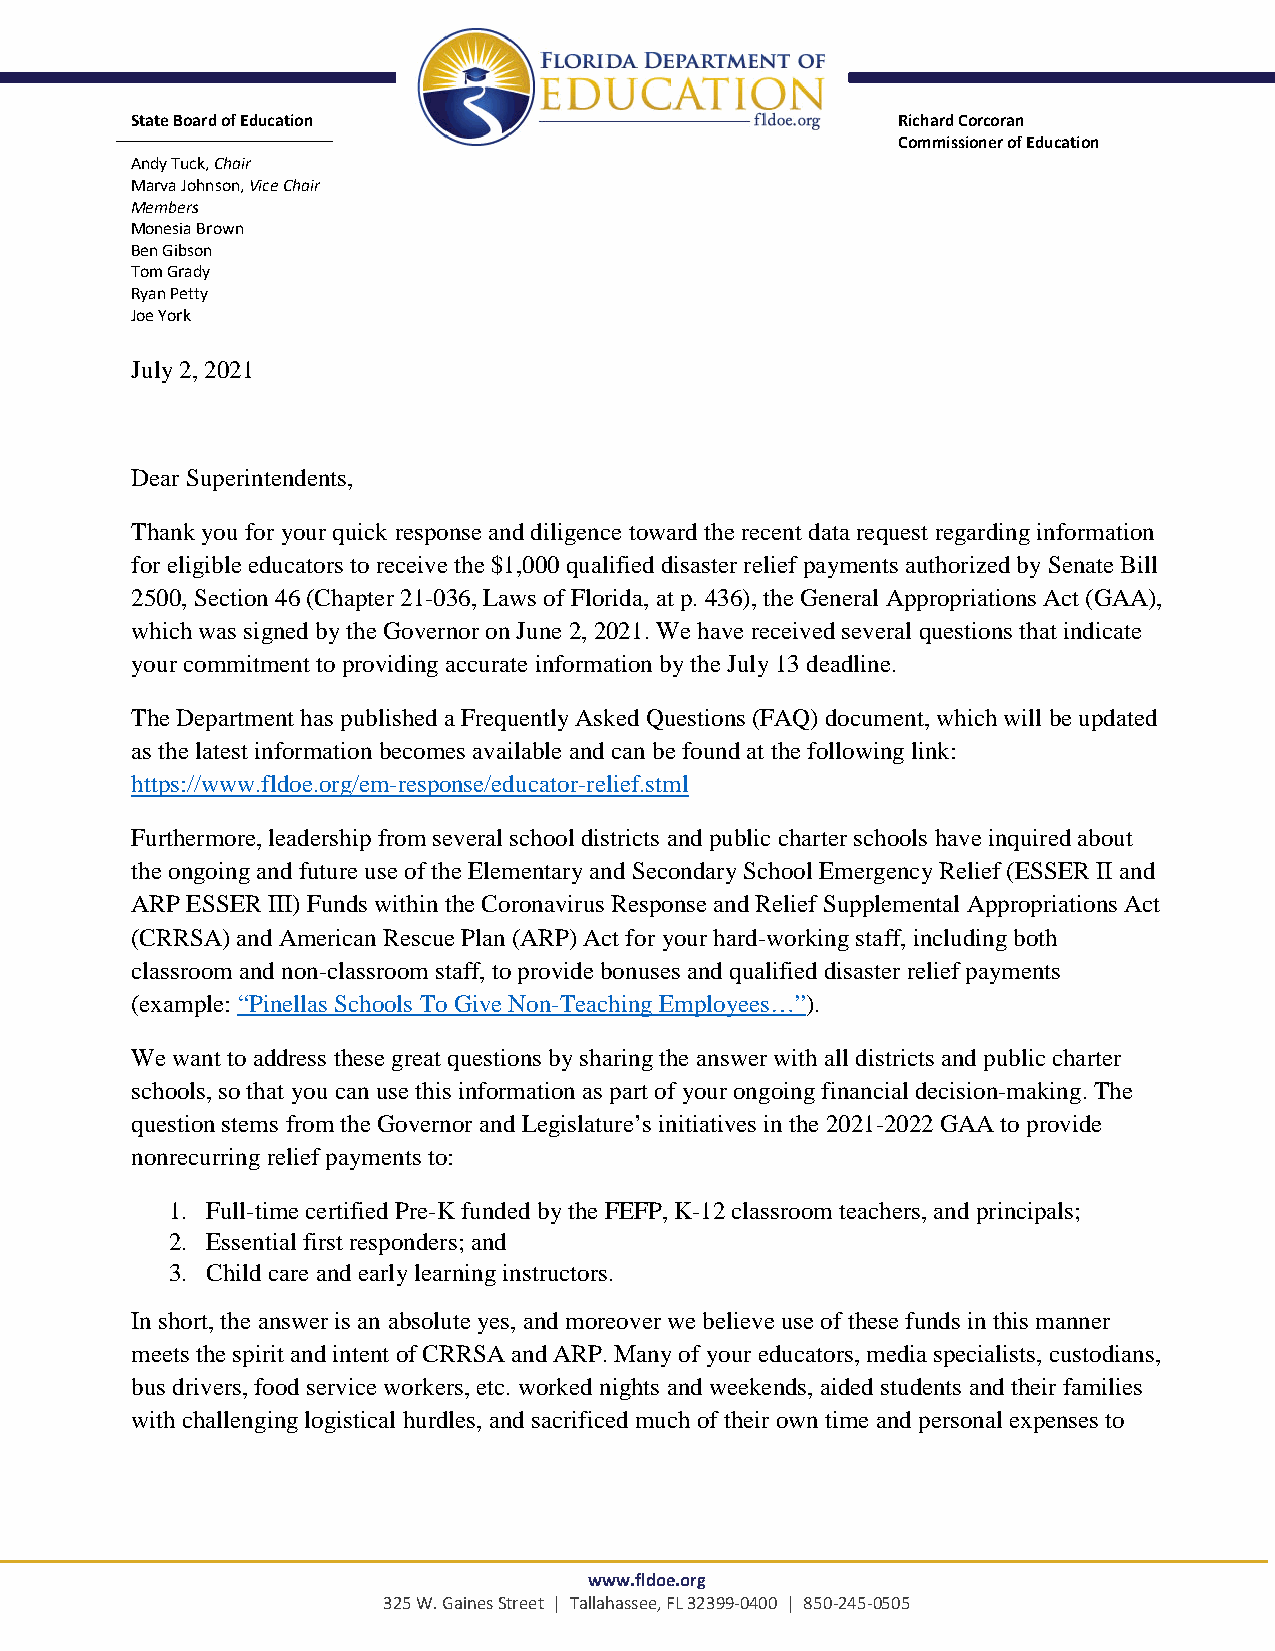
State Board of Education                          Richard Corcoran
 Commissioner of Education
 Andy Tuck, Chair
 M arva Johnson, Vice Chair
 Members
 Monesia Brown
 Ben Gibson
 Tom Grady
 R yan Petty
 J oe York
 July 2, 2021
 Dear Superintendents,
 Thank you for your quick response and diligence toward the recent data request regarding information
 for eligible educators to receive the $1,000 qualified disaster relief payments authorized by Senate Bill
 2500, Section 46 (Chapter 21-036, Laws of Florida, at p. 436), the General Appropriations Act (GAA),
 which was signed by the Governor on June 2, 2021. We have received several questions that indicate
 your commitment to providing accurate information by the July 13 deadline.
 The Department has published a Frequently Asked Questions (FAQ) document, which will be updated
 as the latest information becomes available and can be found at the following link:
 https://www.fldoe.org/em-response/educator-relief.stml
 Furthermore, leadership from several school districts and public charter schools have inquired about
 the ongoing and future use of the Elementary and Secondary School Emergency Relief (ESSER II and
 ARP ESSER III) Funds within the Coronavirus Response and Relief Supplemental Appropriations Act
 (CRRSA) and American Rescue Plan (ARP) Act for your hard-working staff, including both
 classroom and non-classroom staff, to provide bonuses and qualified disaster relief payments
 (example: “Pinellas Schools To Give Non-Teaching Employees…”).
 We want to address these great questions by sharing the answer with all districts and public charter
 schools, so that you can use this information as part of your ongoing financial decision-making. The
 question stems from the Governor and Legislature’s initiatives in the 2021-2022 GAA to provide
 nonrecurring relief payments to:
 1. Full-time certified Pre-K funded by the FEFP, K-12 classroom teachers, and principals;
 2. Essential first responders; and
 3. Child care and early learning instructors.
 In short, the answer is an absolute yes, and moreover we believe use of these funds in this manner
 meets the spirit and intent of CRRSA and ARP. Many of your educators, media specialists, custodians,
 bus drivers, food service workers, etc. worked nights and weekends, aided students and their families
 with challenging logistical hurdles, and sacrificed much of their own time and personal expenses to
 www.fldoe.org
 325 W. Gaines Street | Tallahassee, FL 32399-0400 | 850-245-0505